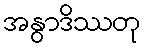
အနွာဒိဿတု